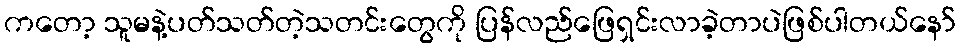
ကတော့ သူမနဲ့ပတ်သတ်တဲ့သတင်းတွေကို ပြန်လည်ဖြေရှင်းလာခဲ့တာပဲဖြစ်ပါတယ်နော်